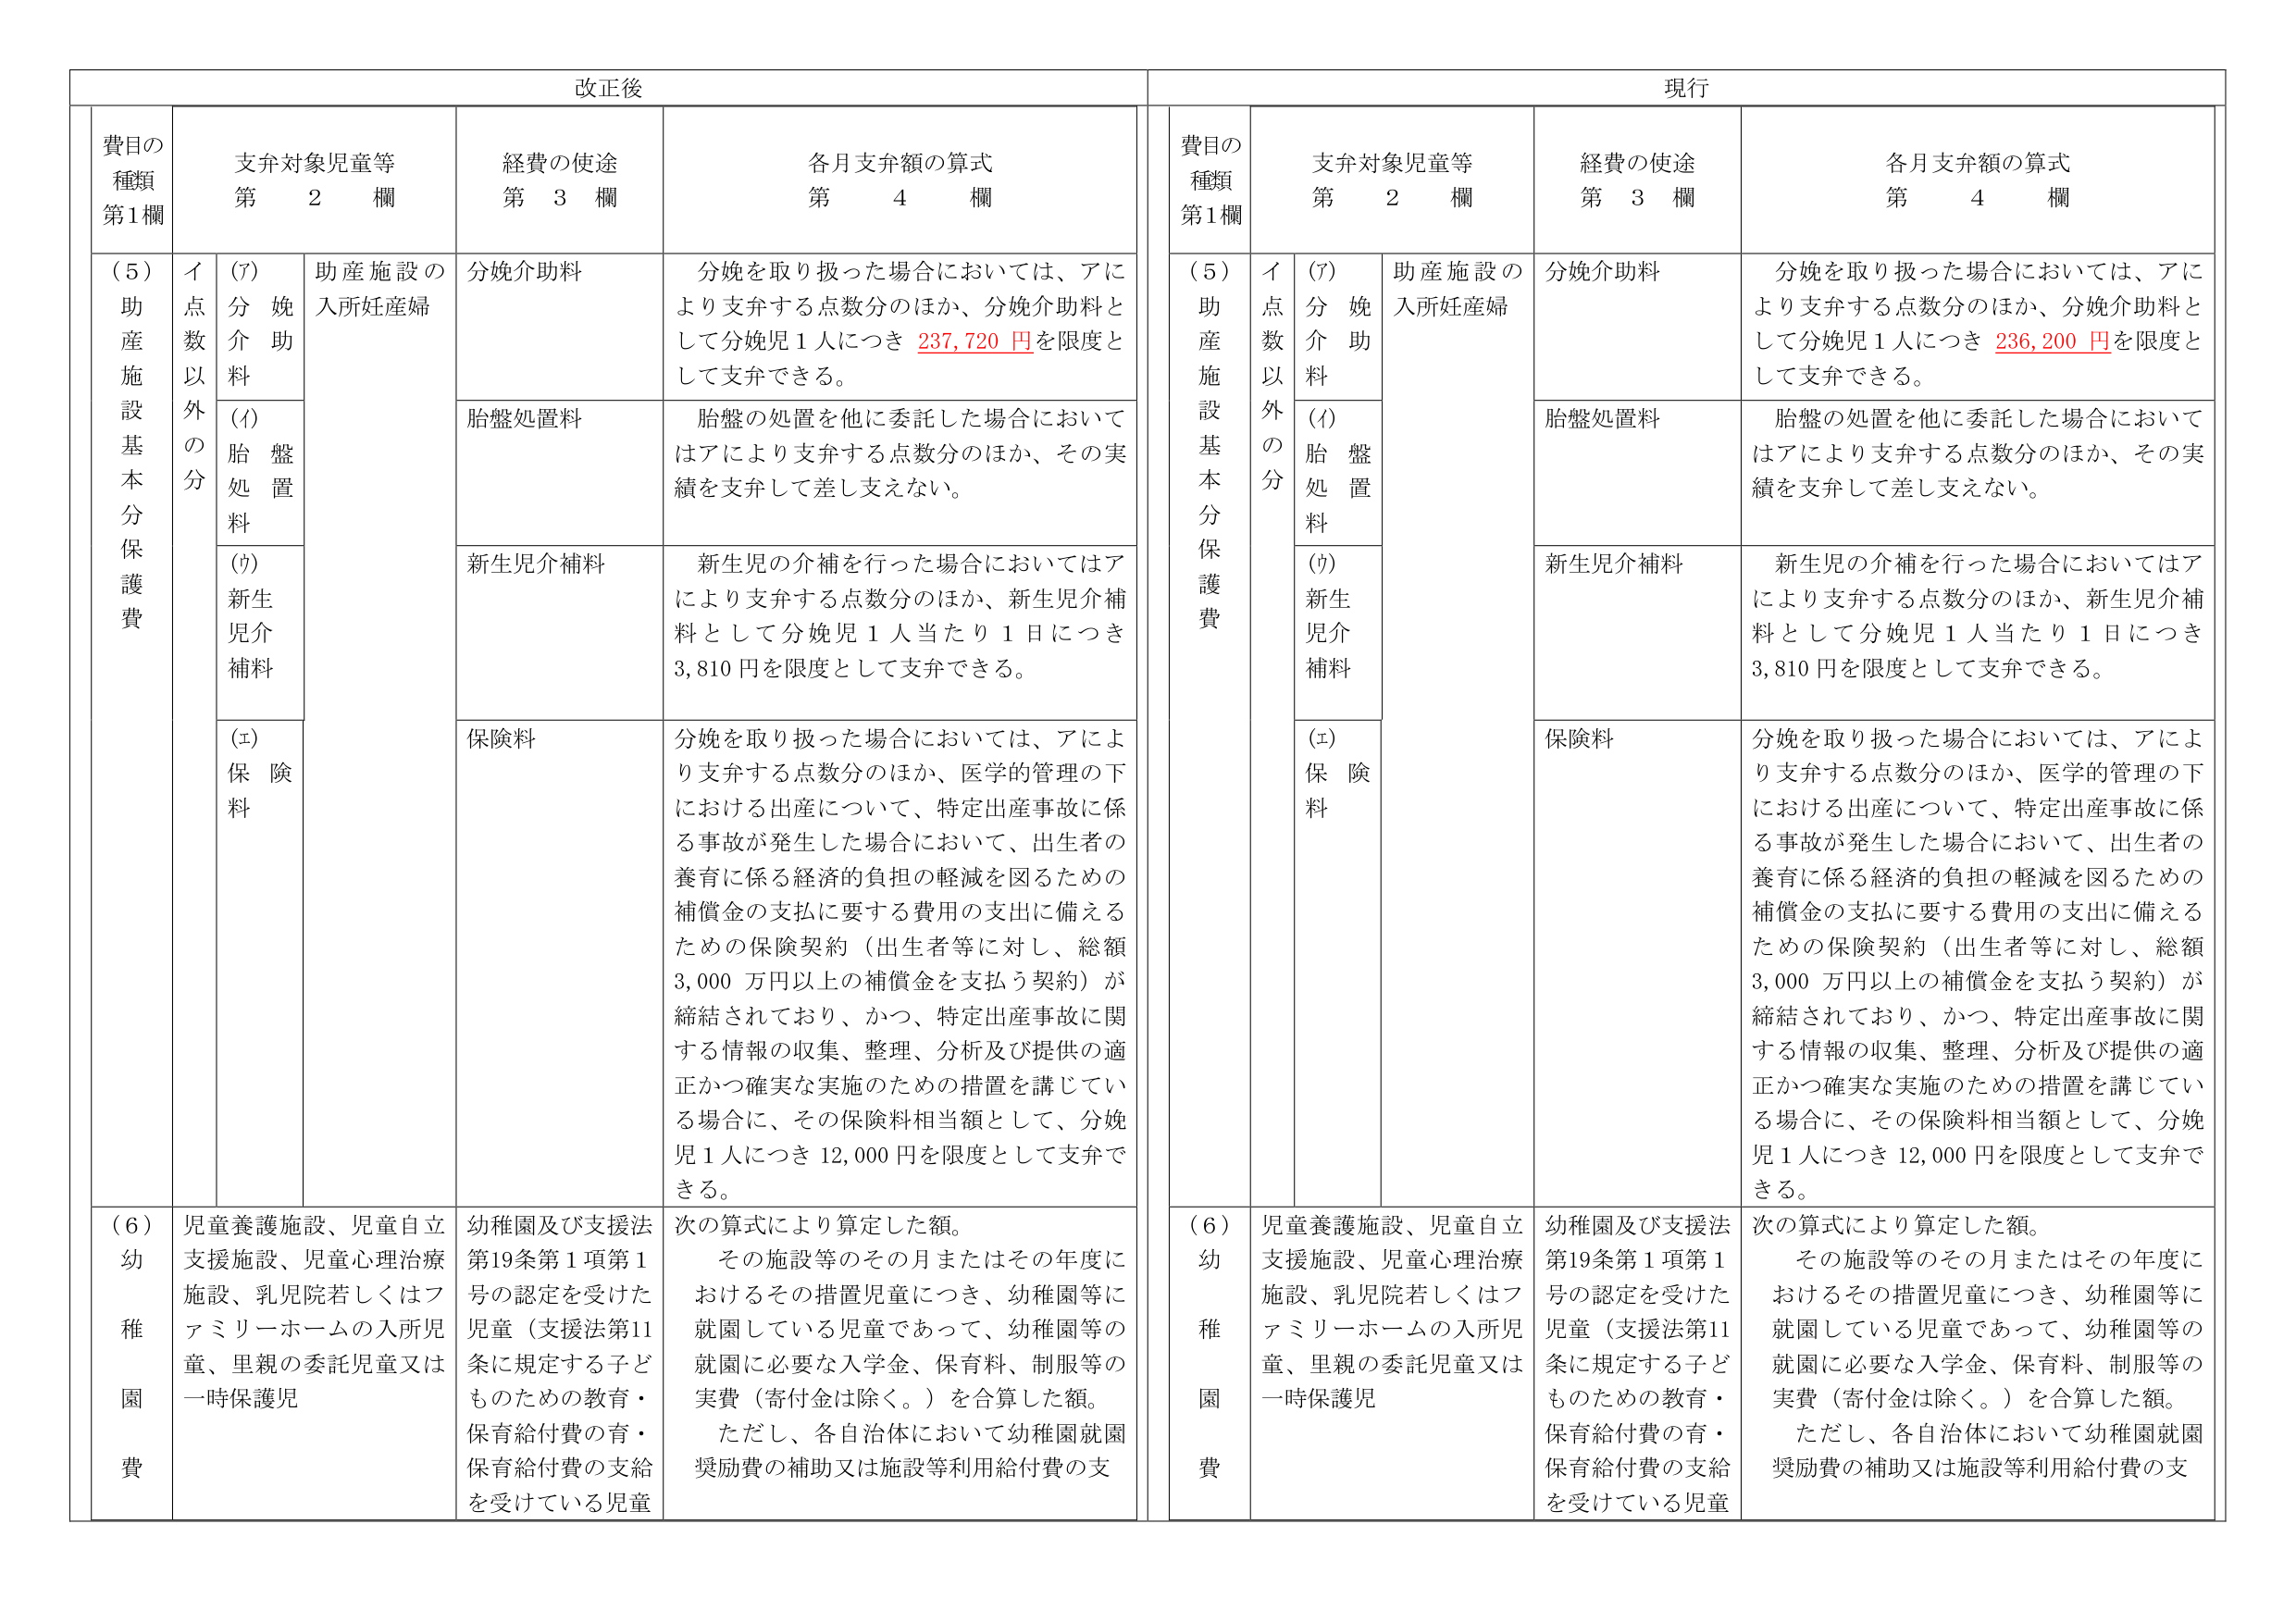
改正後

費目の種類 第1欄
支弁対象児童等 第2欄
経費の使途 第3欄
各月支弁額の算式 第4欄

(5) 助産施設基本分保護費
イ 点数以外の分
(ｱ) 分娩介助料
助産施設の入所妊産婦
分娩介助料
分娩を取り扱った場合においては、アにより支弁する点数分のほか、分娩介助料として分娩児1人につき 237,720 円を限度として支弁できる。

(ｲ) 胎盤処置料
胎盤処置料
胎盤の処置を他に委託した場合においてはアにより支弁する点数分のほか、その実績を支弁して差し支えない。

(ｳ) 新生児介補料
新生児介補料
新生児の介補を行った場合においてはアにより支弁する点数分のほか、新生児介補料として分娩児1人当たり1日につき3,810円を限度として支弁できる。

(ｴ) 保険料
保険料
分娩を取り扱った場合においては、アにより支弁する点数分のほか、医学的管理の下における出産について、特定出産事故に係る事故が発生した場合において、出生者の養育に係る経済的負担の軽減を図るための補償金の支払に要する費用の支出に備えるための保険契約（出生者等に対し、総額3,000万円以上の補償金を支払う契約）が締結されており、かつ、特定出産事故に関する情報の収集、整理、分析及び提供の適正かつ確実な実施のための措置を講じている場合に、その保険料相当額として、分娩児1人につき12,000円を限度として支弁できる。

(6) 幼稚園費
児童養護施設、児童自立支援施設、児童心理治療施設、乳児院若しくはファミリーホームの入所児童、里親の委託児童又は一時保護児
幼稚園及び支援法第19条第1項第1号の認定を受けた児童（支援法第11条に規定する子どものための教育・保育給付費の育・保育給付費の支給を受けている児童
次の算式により算定した額。
その施設等のその月またはその年度におけるその措置児童につき、幼稚園等に就園している児童であって、幼稚園等の就園に必要な入学金、保育料、制服等の実費（寄付金は除く。）を合算した額。
ただし、各自治体において幼稚園就園奨励費の補助又は施設等利用給付費の支

現行

費目の種類 第1欄
支弁対象児童等 第2欄
経費の使途 第3欄
各月支弁額の算式 第4欄

(5) 助産施設基本分保護費
イ 点数以外の分
(ｱ) 分娩介助料
助産施設の入所妊産婦
分娩介助料
分娩を取り扱った場合においては、アにより支弁する点数分のほか、分娩介助料として分娩児1人につき 236,200 円を限度として支弁できる。

(ｲ) 胎盤処置料
胎盤処置料
胎盤の処置を他に委託した場合においてはアにより支弁する点数分のほか、その実績を支弁して差し支えない。

(ｳ) 新生児介補料
新生児介補料
新生児の介補を行った場合においてはアにより支弁する点数分のほか、新生児介補料として分娩児1人当たり1日につき3,810円を限度として支弁できる。

(ｴ) 保険料
保険料
分娩を取り扱った場合においては、アにより支弁する点数分のほか、医学的管理の下における出産について、特定出産事故に係る事故が発生した場合において、出生者の養育に係る経済的負担の軽減を図るための補償金の支払に要する費用の支出に備えるための保険契約（出生者等に対し、総額3,000万円以上の補償金を支払う契約）が締結されており、かつ、特定出産事故に関する情報の収集、整理、分析及び提供の適正かつ確実な実施のための措置を講じている場合に、その保険料相当額として、分娩児1人につき12,000円を限度として支弁できる。

(6) 幼稚園費
児童養護施設、児童自立支援施設、児童心理治療施設、乳児院若しくはファミリーホームの入所児童、里親の委託児童又は一時保護児
幼稚園及び支援法第19条第1項第1号の認定を受けた児童（支援法第11条に規定する子どものための教育・保育給付費の育・保育給付費の支給を受けている児童
次の算式により算定した額。
その施設等のその月またはその年度におけるその措置児童につき、幼稚園等に就園している児童であって、幼稚園等の就園に必要な入学金、保育料、制服等の実費（寄付金は除く。）を合算した額。
ただし、各自治体において幼稚園就園奨励費の補助又は施設等利用給付費の支